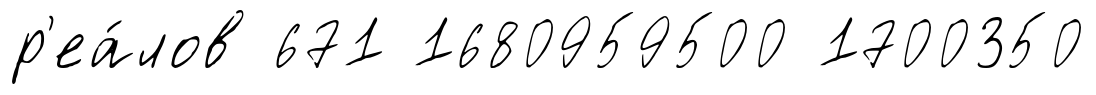
р'еа́лов 671 1680959500 1700350